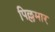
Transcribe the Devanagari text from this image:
पिल्लमार